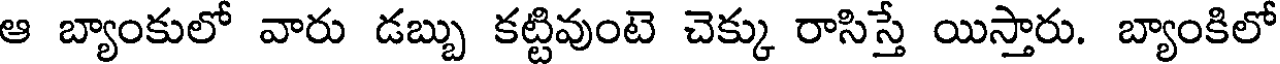
ఆ బ్యాంకులో వారు డబ్బు కట్టివుంటె చెక్కు రాసిస్తే యిస్తారు. బ్యాంకిలో